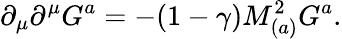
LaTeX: \partial_{\mu}\partial^{\mu}G^{a}=-(1-\gamma)M_{(a)}^{2}G^{a}.